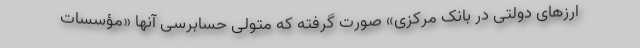
ارزهای دولتی در بانک مرکزی» صورت گرفته که متولی حسابرسی آنها «مؤسسات